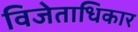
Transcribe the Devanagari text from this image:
विजेताधिकार